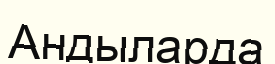
Андыларда